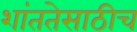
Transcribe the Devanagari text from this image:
शांततेसाठीच